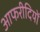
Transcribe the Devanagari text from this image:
आफरीदियों